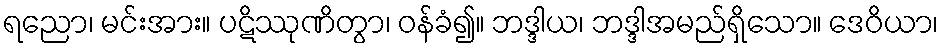
ရညော၊ မင်းအား။ ပဋိဿုဏိတွာ၊ ဝန်ခံ၍။ ဘဒ္ဒါယ၊ ဘဒ္ဒါအမည်ရှိသော။ ဒေဝိယာ၊